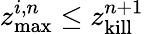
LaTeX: z_{\mathrm{max}}^{i,n}\leq z_{\mathrm{kill}}^{n+1}